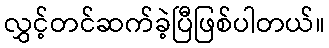
လွှင့်တင်ဆက်ခဲ့ပြီဖြစ်ပါတယ်။